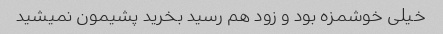
خیلی خوشمزه بود و زود هم رسید بخرید پشیمون نمیشید